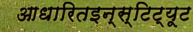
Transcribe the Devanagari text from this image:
आधारितइन्स्टिट्यूट